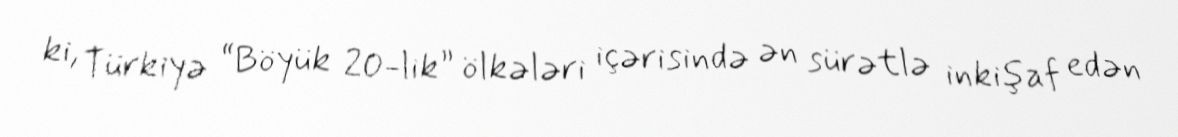
ki, Türkiyə “Böyük 20-lik” ölkələri içərisində ən sürətlə inkişaf edən